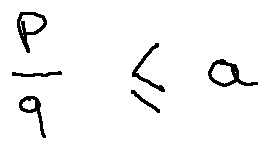
\frac { p } { q } \leq a